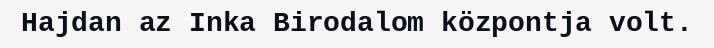
Hajdan az Inka Birodalom központja volt.